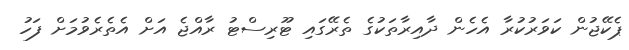
ޕެކޭޖުން ކަވަރުކުރާ އެހެން ދާއިރާތަކުގެ ތެރޭގައި ޓޫރިސްޓު ރާއްޖެ އަށް އެތެރެވުމަށް ފަހު